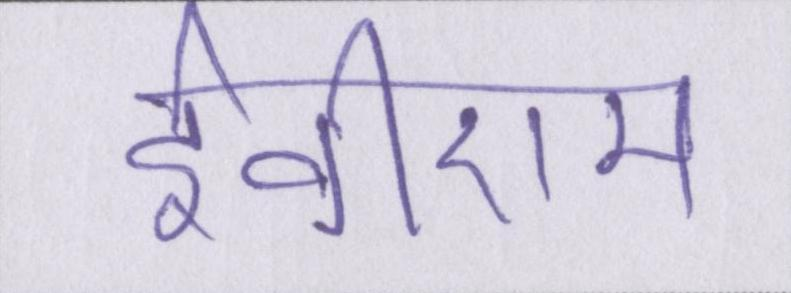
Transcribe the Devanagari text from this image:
ईवीएम